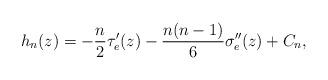
LaTeX: \begin{align*}h_{n}(z)=-\frac{n}{2}\tau_{e}'(z)-\frac{n(n-1)}{6}\sigma_{e}''(z)+C_{n},\end{align*}